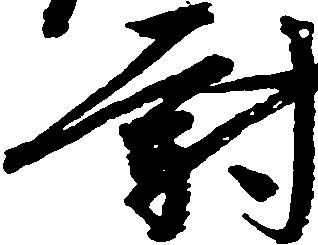
尉